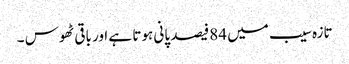
تازہ سیب میں 84فیصد پانی ہوتا ہے اور باقی ٹھوس ۔